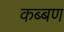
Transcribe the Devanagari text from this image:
कब्बण